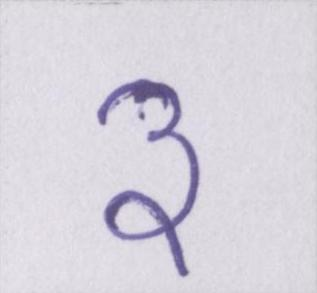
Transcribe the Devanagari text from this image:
३